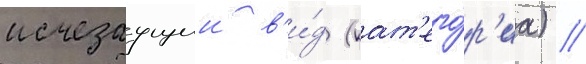
исчезаущии в'и́д (кат'его́р'иа) //